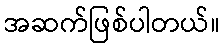
အဆက်ဖြစ်ပါတယ်။